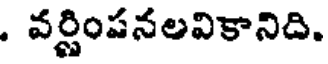
. వర్ణింపనలవికానిది.